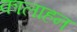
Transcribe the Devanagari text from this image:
कालाहन